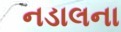
નડાલના